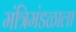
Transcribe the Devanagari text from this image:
मंत्रिमंडळाला